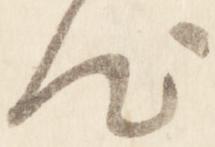
汰